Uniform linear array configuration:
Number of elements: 16
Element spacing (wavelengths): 0.5
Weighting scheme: blackman
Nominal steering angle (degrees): -60
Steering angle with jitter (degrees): -60.575
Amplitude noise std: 0.05
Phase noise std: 0.05

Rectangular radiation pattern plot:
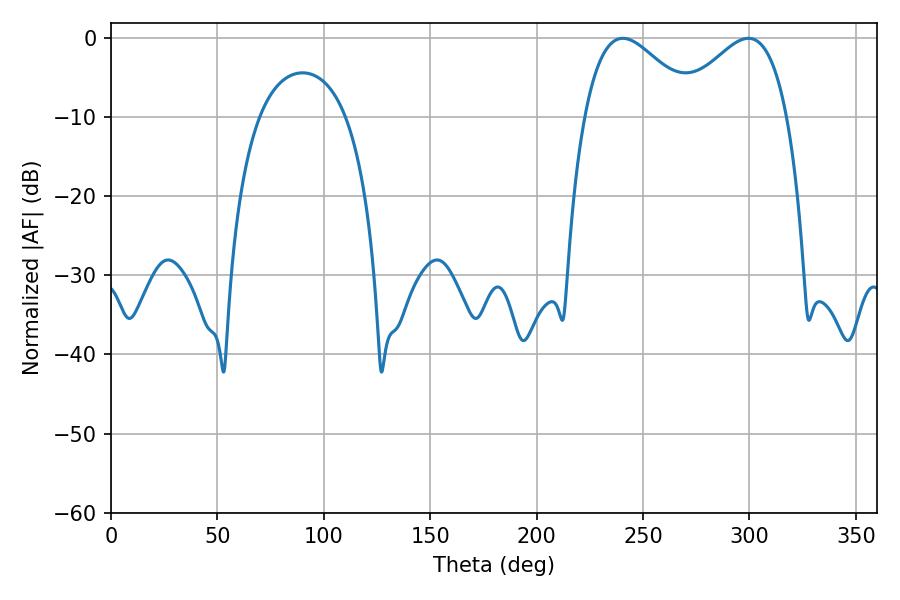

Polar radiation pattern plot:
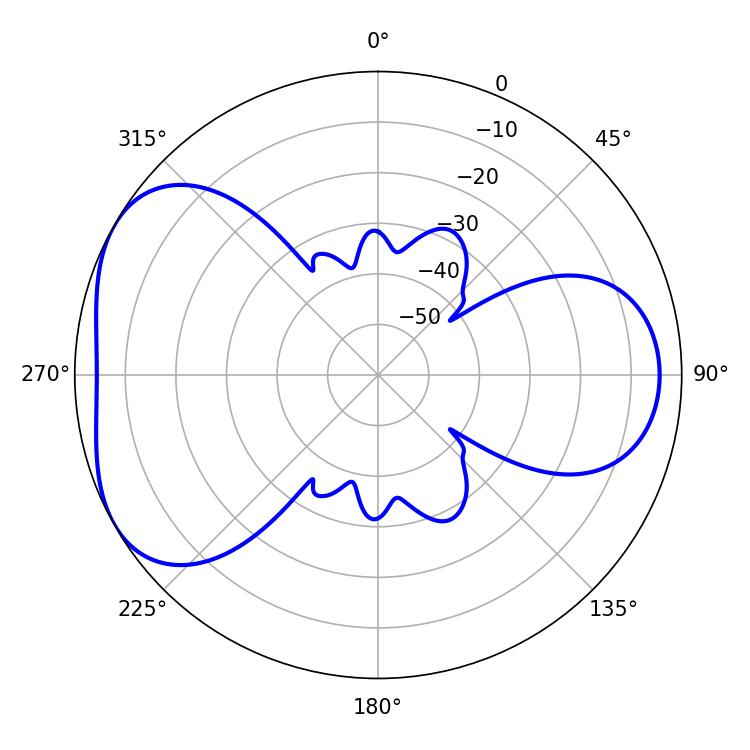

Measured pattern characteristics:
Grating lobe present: FALSE
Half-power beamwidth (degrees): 28.44
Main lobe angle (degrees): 240.48